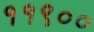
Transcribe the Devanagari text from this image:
११९००